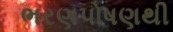
ભરણપોષણથી